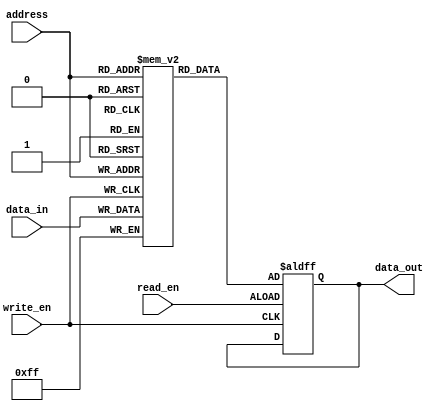
module sram (
    input wire [7:0] data_in, // input data
    input wire read_en, // read enable signal
    input wire write_en, // write enable signal
    input wire [3:0] address, // address input for selecting memory location
    output reg [7:0] data_out // output data
);

reg [7:0] memory [15:0]; // 16 memory locations each storing 8 bits

always @ (posedge write_en) begin
    if(write_en) begin
        memory[address] <= data_in; // write data to selected memory location
    end
end

always @ (posedge read_en or posedge write_en) begin
    if(read_en) begin
        data_out <= memory[address]; // read data from selected memory location
    end
end

endmodule